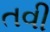
તવી